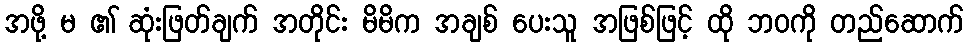
အဖို့ မ ၏ ဆုံးဖြတ်ချက် အတိုင်း မိမိက အချစ် ပေးသူ အဖြစ်ဖြင့် ထို ဘဝကို တည်ဆောက်